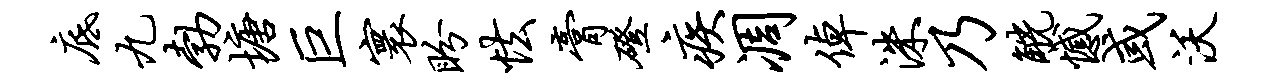
底九勃塘巨寰盼怯膏磴疾凋倬洙乃觥憾或沃